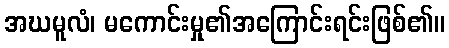
အဃမူလံ၊ မကောင်းမှု၏အကြောင်းရင်းဖြစ်၏။